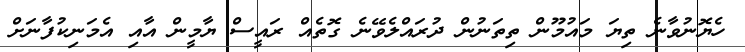
ހެޔޮނުވާނެ ތިޔަ މައުމޫން ތިތަނުން ދުރައްލެވޭނެ ގޮތެއް ރައީސް ޔާމީން އާއި އެމަނިކުފާނަށް